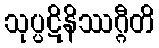
သုပ္ပဋိနိဿဂ္ဂီတိ